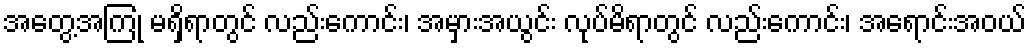
အတွေ့အကြုံ မရှိရာတွင် လည်းကောင်း၊ အမှားအယွင်း လုပ်မိရာတွင် လည်းကောင်း၊ အရောင်းအဝယ်